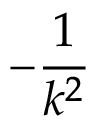
- { \frac { 1 } { k ^ { 2 } } }